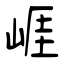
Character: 崕